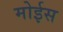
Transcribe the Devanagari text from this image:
मोईस